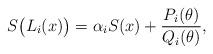
LaTeX: \begin{align*}S\big(L_i(x)\big) = \alpha_i S(x) + \frac{P_i(\theta)}{Q_i(\theta) },\end{align*}